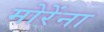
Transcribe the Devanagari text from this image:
मोरेंना